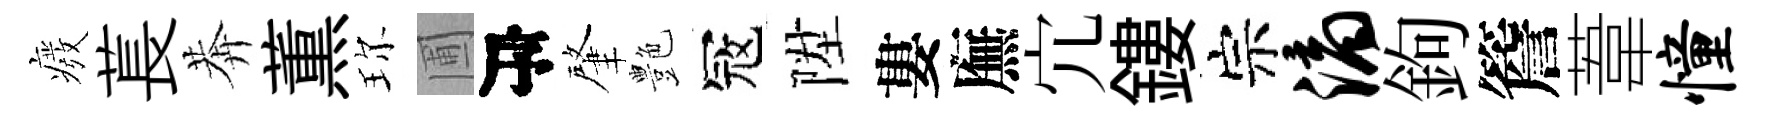
癈萇莾薫珎圃序肇艶冦陞婁廡宂鏤宗滴鉤簷葦憧